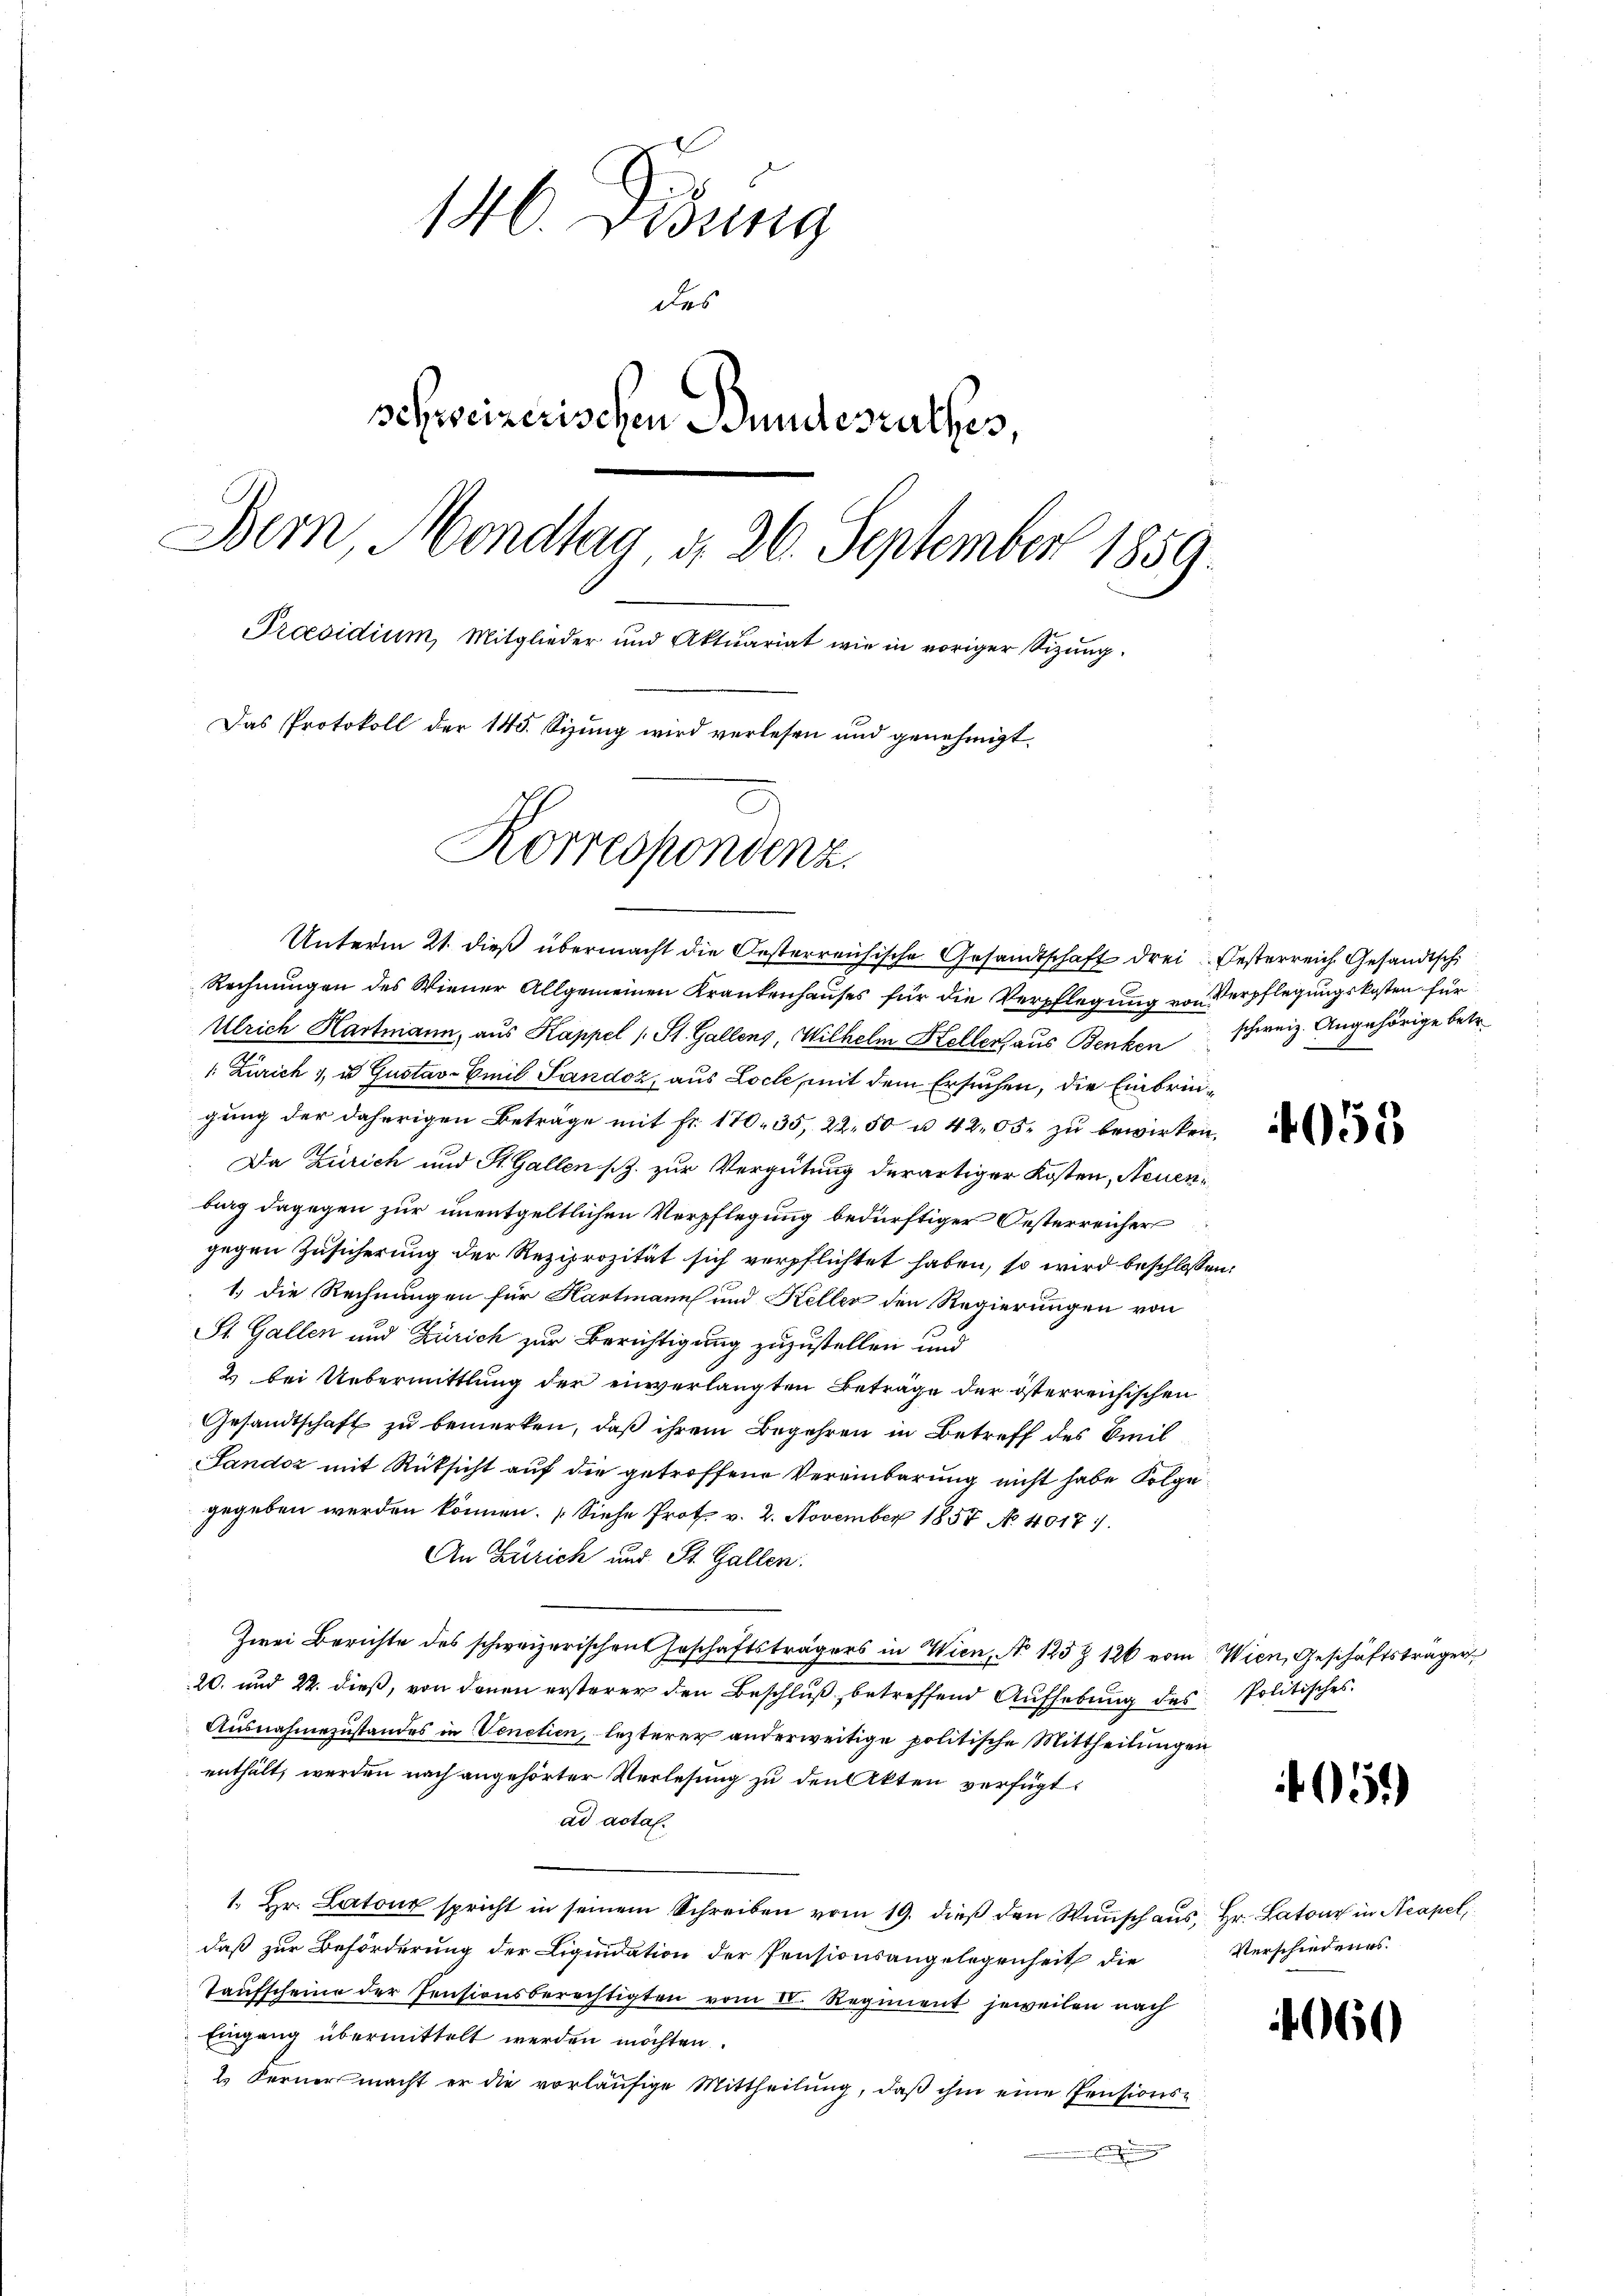
140. Dibung
des
schreizerischen Bundesrathes,
Bern, Mondtag d. 26. September 1859.
Praesidium, Mitglieder und Aktuariat wie in voriger Sizung.
Das Protokoll der 145. Sizung wird verlesen und genehmigt.
Korrespondenz.

Unterm 21. dieß übermacht die Oesterreichische Gesandtschaft drei Oesterreich Gesandtschi
Rechnungen des Wiener Allgemeinen Krankenhauses für die Verpflegung von Verpflegungskosten für
Ulrich Hartmann, aus Kappel (: St. Gallenz, Wilhelm Heller aus Benken schweiz. Angehörige betr.
1: Zürich 1, u. Gustav-Emil Sandoz, aus Loche, mit dem Ersuchen, die Einbringung der daherigen Beträge mit Fr. 170. 35, 22, 50 u. 42,05. zu bewirken,
Da Zürich und St. Gallen s. zur Vergütung derartiger Kosten, Neuenburg dagegen zur unentgeltlichen Verpflegung bedürftiger Oesterreicher
gegen Zusicherung der Reziprozität sich verpflichtet haben, so wird beschlossen:
1.) Die Rechnungen für Hartmann und Keller den Regierungen von
St. Gallen und Zürich zur Berichtigung zuzustellen und
2. bei Uebermittlung der einverlangten Beträge der österreichischen
Gesandtschaft zu bemerken, daß ihrem Begehren in Betreff des Breil
Sandoz mit Rücksicht auf die getroffene Vereinbarung nicht habe Folge
gegeben werden können. (Siehe Prot. v. 2. November 1857 No 4017.
An Zürich und St. Gallen.
Zwei Berichte des schweizerischen Geschaftsträgers in Wien, No 125 Z 126 vom Wien, Geschäftsträger
20. und 22. dieß, von denen ersterer den Beschluß, betreffend Aufhebung des Politisches
Ausnahmezustandes in Venetien, lezterer anderweitige politische Mittheilungen
enthält, werden nach angehörter Verlesung zu den Akten verfügt:
ad actal.
1. Hr. Latour spricht in seinem Schreiben vom 19. dieß den Wunsch aus, Hr. Latour in Neapel,
daß zur Beförderung der Liquidation der Pensionsangelegenheit die
Taufscheine der Pensionsberechtigten vom 18. Regiment jeweilen nach
Eingang übermittelt werden möchten.
2. Ferner macht er die vorläŭfige Mittheilŭng, daβ ihm eine Pensions-
E

955

15.)

Verschiedenes.

60